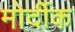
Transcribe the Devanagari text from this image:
मोर्दीक